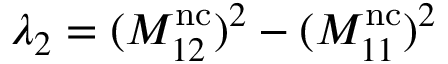
\lambda _ { 2 } = ( M _ { 1 2 } ^ { \mathrm { n c } } ) ^ { 2 } - ( M _ { 1 1 } ^ { \mathrm { n c } } ) ^ { 2 }